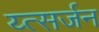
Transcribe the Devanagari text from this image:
य्त्सर्जन